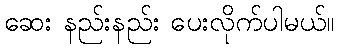
ဆေး နည်းနည်း ပေးလိုက်ပါမယ်။